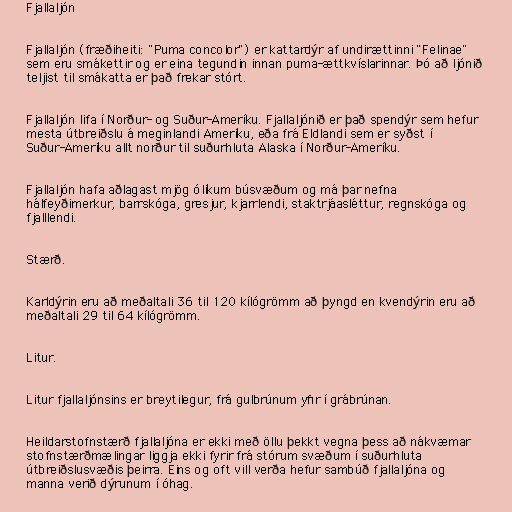
Fjallaljón

Fjallaljón (fræðiheiti: "Puma concolor") er kattardýr af undirættinni "Felinae"
sem eru smákettir og er eina tegundin innan puma-ættkvíslarinnar. Þó að ljónið
teljist til smákatta er það frekar stórt.

Fjallaljón lifa í Norður- og Suður-Ameríku. Fjallaljónið er það spendýr sem hefur
mesta útbreiðslu á meginlandi Ameríku, eða frá Eldlandi sem er syðst í
Suður-Ameríku allt norður til suðurhluta Alaska í Norður-Ameríku.

Fjallaljón hafa aðlagast mjög ólíkum búsvæðum og má þar nefna
hálfeyðimerkur, barrskóga, gresjur, kjarrlendi, staktrjáasléttur, regnskóga og
fjalllendi.

Stærð.

Karldýrin eru að meðaltali 36 til 120 kílógrömm að þyngd en kvendýrin eru að
meðaltali 29 til 64 kílógrömm.

Litur.

Litur fjallaljónsins er breytilegur, frá gulbrúnum yfir í grábrúnan.

Heildarstofnstærð fjallaljóna er ekki með öllu þekkt vegna þess að nákvæmar
stofnstærðmælingar liggja ekki fyrir frá stórum svæðum í suðurhluta
útbreiðslusvæðis þeirra. Eins og oft vill verða hefur sambúð fjallaljóna og
manna verið dýrunum í óhag.